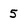
Character: 5